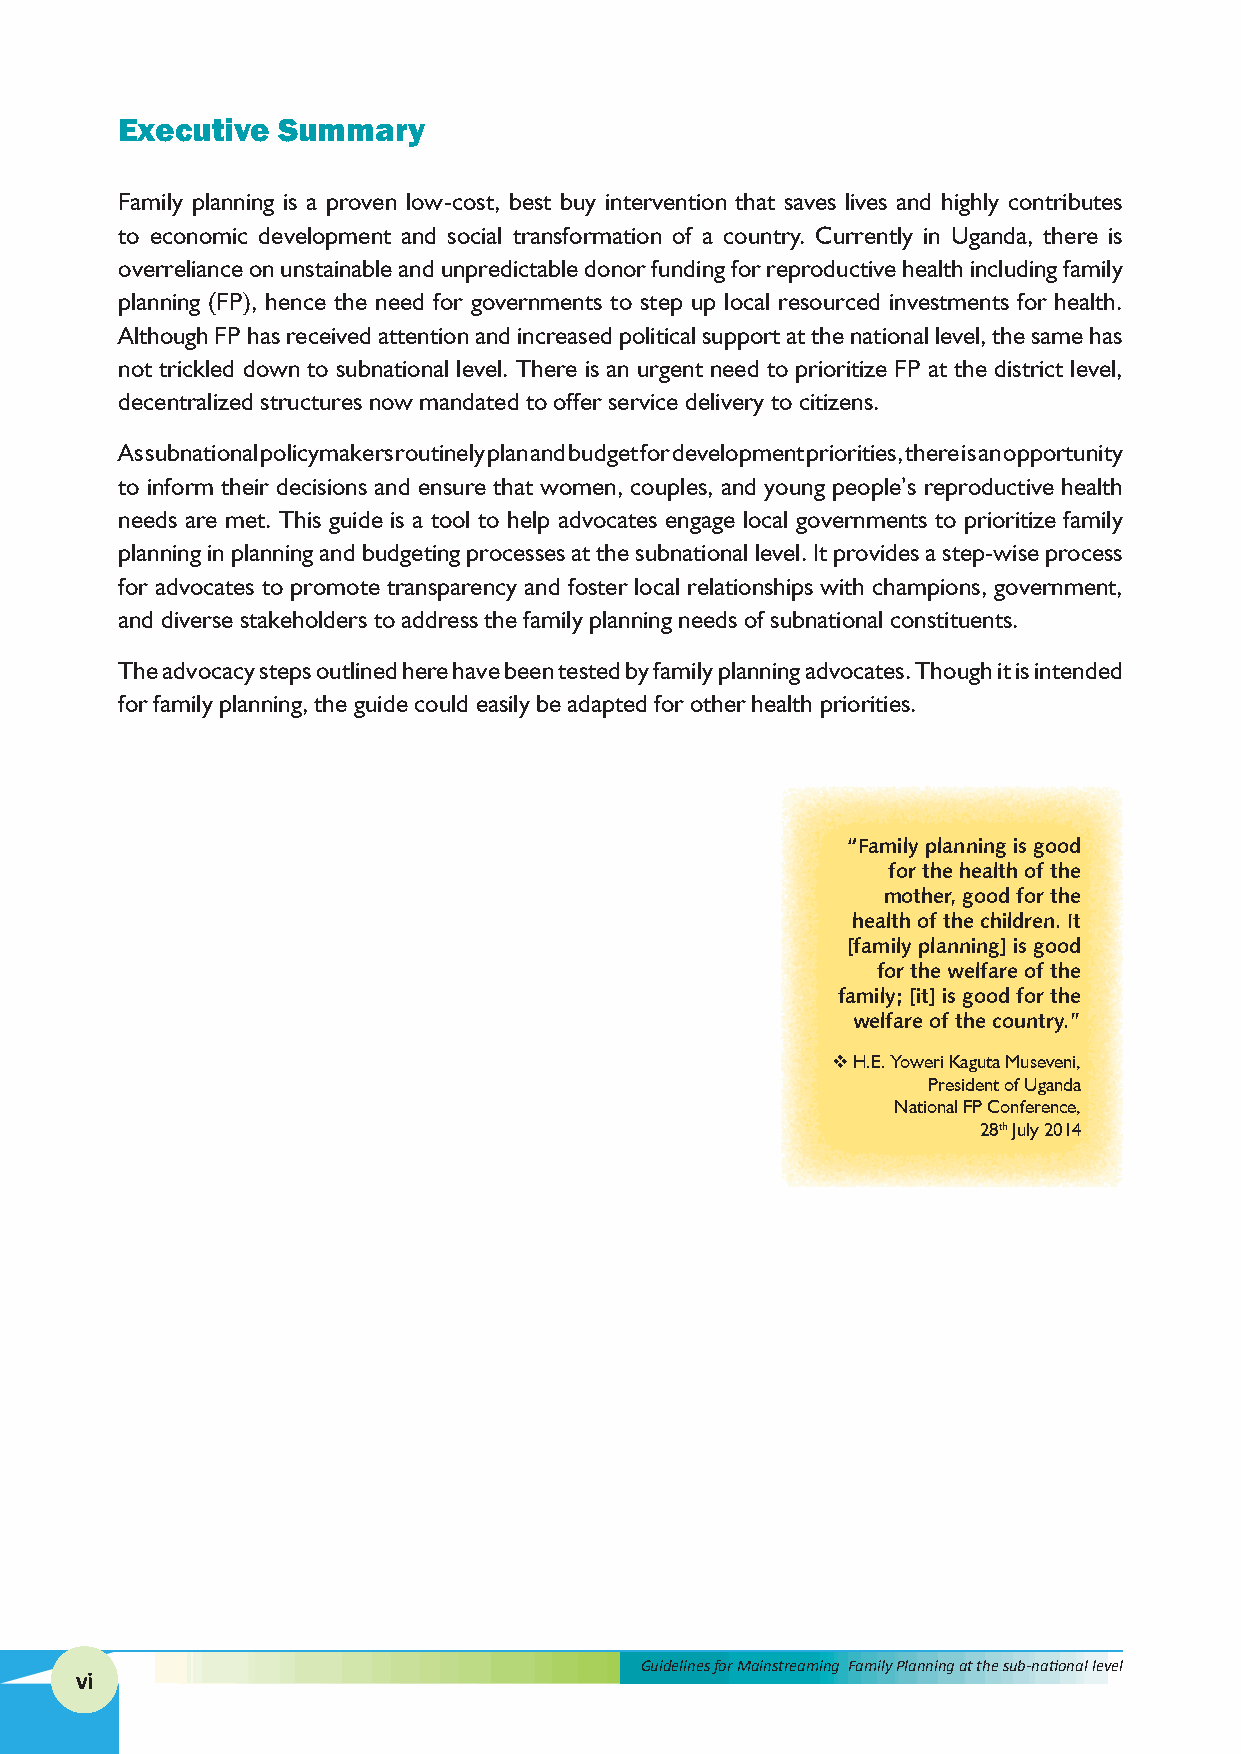
Executive Summary
 Family planning is a proven low-cost, best buy intervention that saves lives and highly contributes
 to economic development and social transformation of a country. Currently in Uganda, there is
 overreliance on unstainable and unpredictable donor funding for reproductive health including family
 planning (FP), hence the need for governments to step up local resourced investments for health.
 Although FP has received attention and increased political support at the national level, the same has
 not trickled down to subnational level. There is an urgent need to prioritize FP at the district level,
 decentralized structures now mandated to offer service delivery to citizens.
 As subnational policymakers routinely plan and budget for development priorities, there is an opportunity
 to inform their decisions and ensure that women, couples, and young people’s reproductive health
 needs are met. This guide is a tool to help advocates engage local governments to prioritize family
 planning in planning and budgeting processes at the subnational level. It provides a step-wise process
 for advocates to promote transparency and foster local relationships with champions, government,
 and diverse stakeholders to address the family planning needs of subnational constituents.
 The advocacy steps outlined here have been tested by family planning advocates. Though it is intended
 for family planning, the guide could easily be adapted for other health priorities.
 “Family planning is good
 for the health of the
 mother, good for the
 health of the children. It
 [family planning] is good
 for the welfare of the
 family; [it] is good for the
 welfare of the country.”
 v H.E. Yoweri Kaguta Museveni,
 President of Uganda
 National FP Conference,
 28th July 2014
 Guidelines for Mainstreaming Family Planning at the sub-national level
 vi